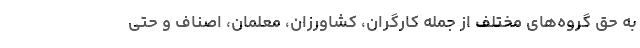
به حق گروه‌های مختلف از جمله کارگران، کشاورزان، معلمان، اصناف و حتی